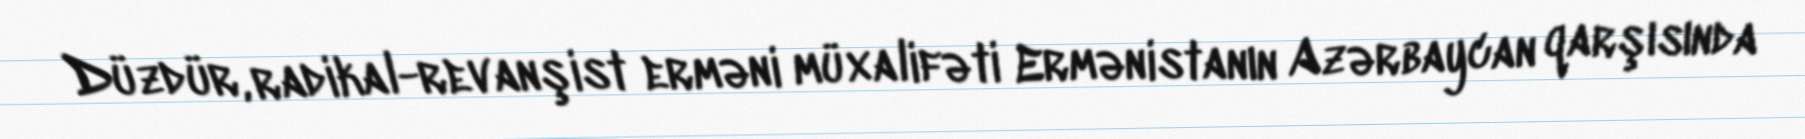
Düzdür, radikal-revanşist erməni müxalifəti Ermənistanın Azərbaycan qarşısında